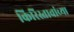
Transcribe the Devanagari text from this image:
किरिस्तावांच्या